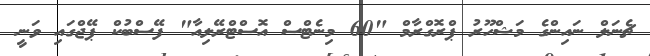
ޗެނަލް ނައިންގެ މަޝްހޫރު ޕްރޮގްރާމް "60 މިނެޓްސް އޮސްޓްރޭލިއާ" ފޭސްބުކް ޕޭޖްގައި ވަނީ